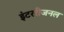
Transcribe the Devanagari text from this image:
इंटररीजनल